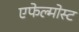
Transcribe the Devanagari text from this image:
एफेल्मोस्ट